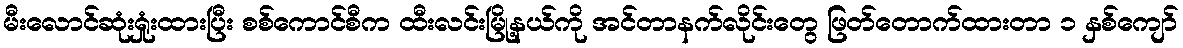
မီးလောင်ဆုံးရှုံးထားပြီး စစ်ကောင်စီက ထီးလင်းမြို့နယ်ကို အင်တာနက်လိုင်းတွေ ဖြတ်တောက်ထားတာ ၁ နှစ်ကျော်